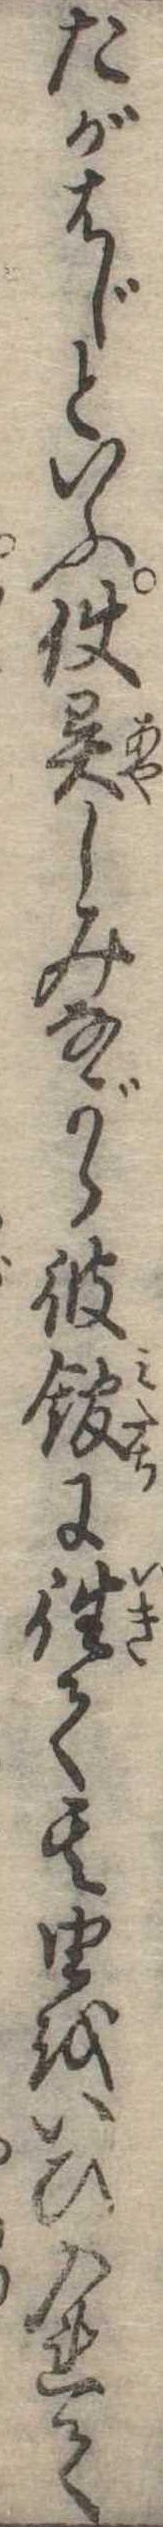
たがはじといふ使異しみながら彼館に往て其由をいひ入れて